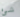
شئ